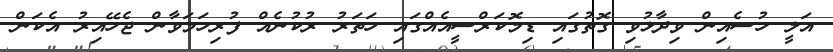
އަލީ ހުސެއިން ވިދާޅުވި ގޮތުގައި ޑިމޮކަރްސީއެއްގައި ހަތަރު ރުކުނެއް ފުރިހަމަވާން ޖެހޭއިރު އެކަން